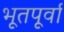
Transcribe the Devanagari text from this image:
भूतपूर्वा